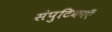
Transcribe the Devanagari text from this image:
संपुटिकाएँ